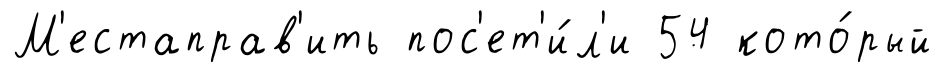
М'естаправ'ить пос'ет'и́л'и 54 кото́рый